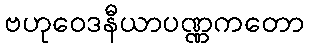
ဗဟုဝေဒနီယာပဏ္ဏကတော